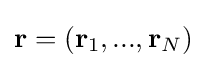
\mathbf {r} =(\mathbf {r} _{1},...,\mathbf {r} _{N})